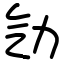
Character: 㔕